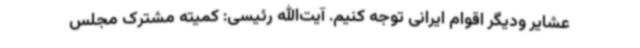
عشایر ودیگر اقوام ایرانی توجه کنیم. آیت‌الله رئیسی: کمیته‌ مشترک مجلس